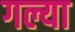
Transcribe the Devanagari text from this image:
गल्या